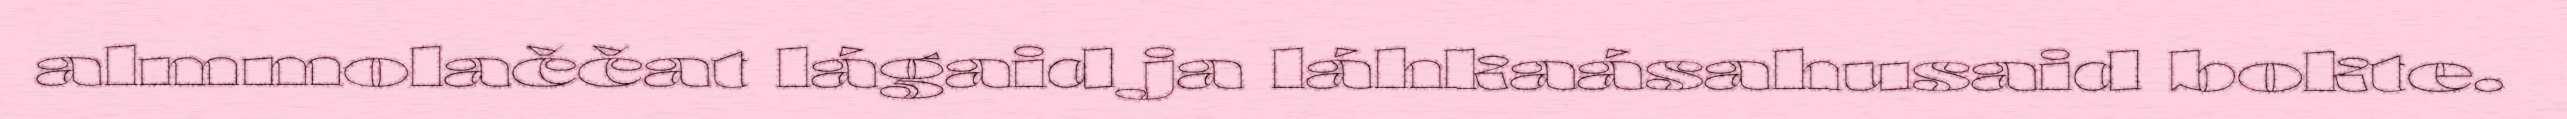
almmolaččat lágaid ja láhkaásahusaid bokte.